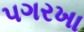
પગરખા